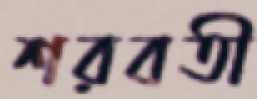
শরবতী